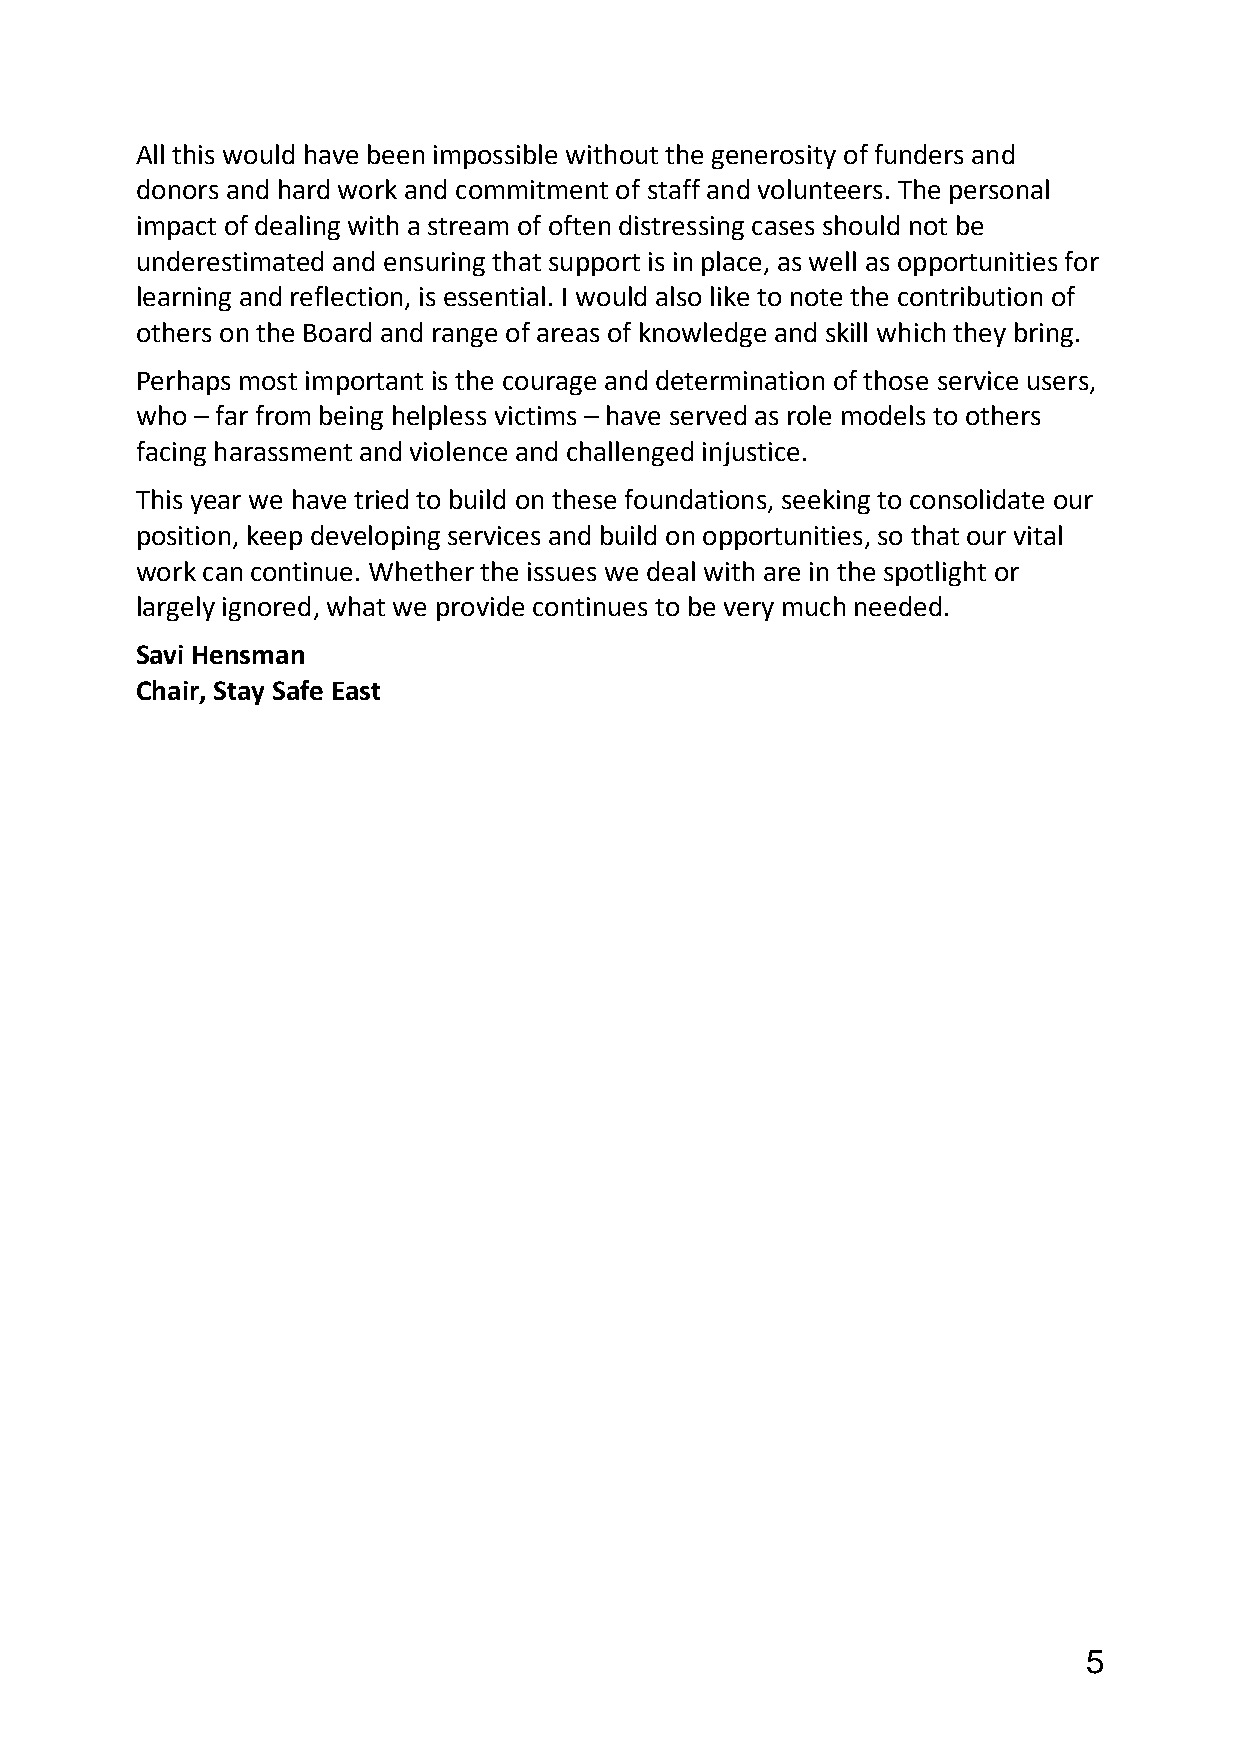
All this would have been impossible without the generosity of funders and
 donors and hard work and commitment of staff and volunteers. The personal
 impact of dealing with a stream of often distressing cases should not be
 underestimated and ensuring that support is in place, as well as opportunities for
 learning and reflection, is essential. I would also like to note the contribution of
 others on the Board and range of areas of knowledge and skill which they bring.
 Perhaps most important is the courage and determination of those service users,
 who – far from being helpless victims – have served as role models to others
 facing harassment and violence and challenged injustice.
 This year we have tried to build on these foundations, seeking to consolidate our
 position, keep developing services and build on opportunities, so that our vital
 work can continue. Whether the issues we deal with are in the spotlight or
 largely ignored, what we provide continues to be very much needed.
 Savi Hensman
 Chair, Stay Safe East
 5